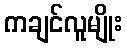
ကချင်လူမျိုး